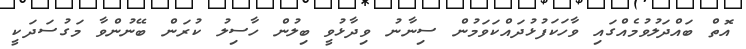
އޮތް ބައްދަލުވުމެއްގައި ވާހަކަފުޅުދައްކަވަމުން ސިނާނު ވިދާޅުވީ ބިލުން ހާސިލު ކުރަން ބޭނުންވާ މަގުސަދަކީ